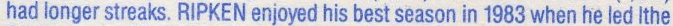
had longer streaks, RIPKEN enjoyed his best season in 1983 when he led lthe